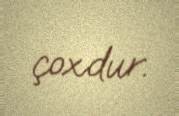
çoxdur.